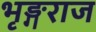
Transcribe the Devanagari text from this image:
भृङ्गराज